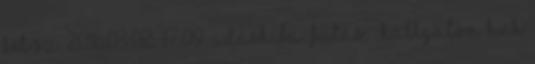
két sz. 2016.03.02. 17:09 Adáshiba Futás. . hallgatom Huh